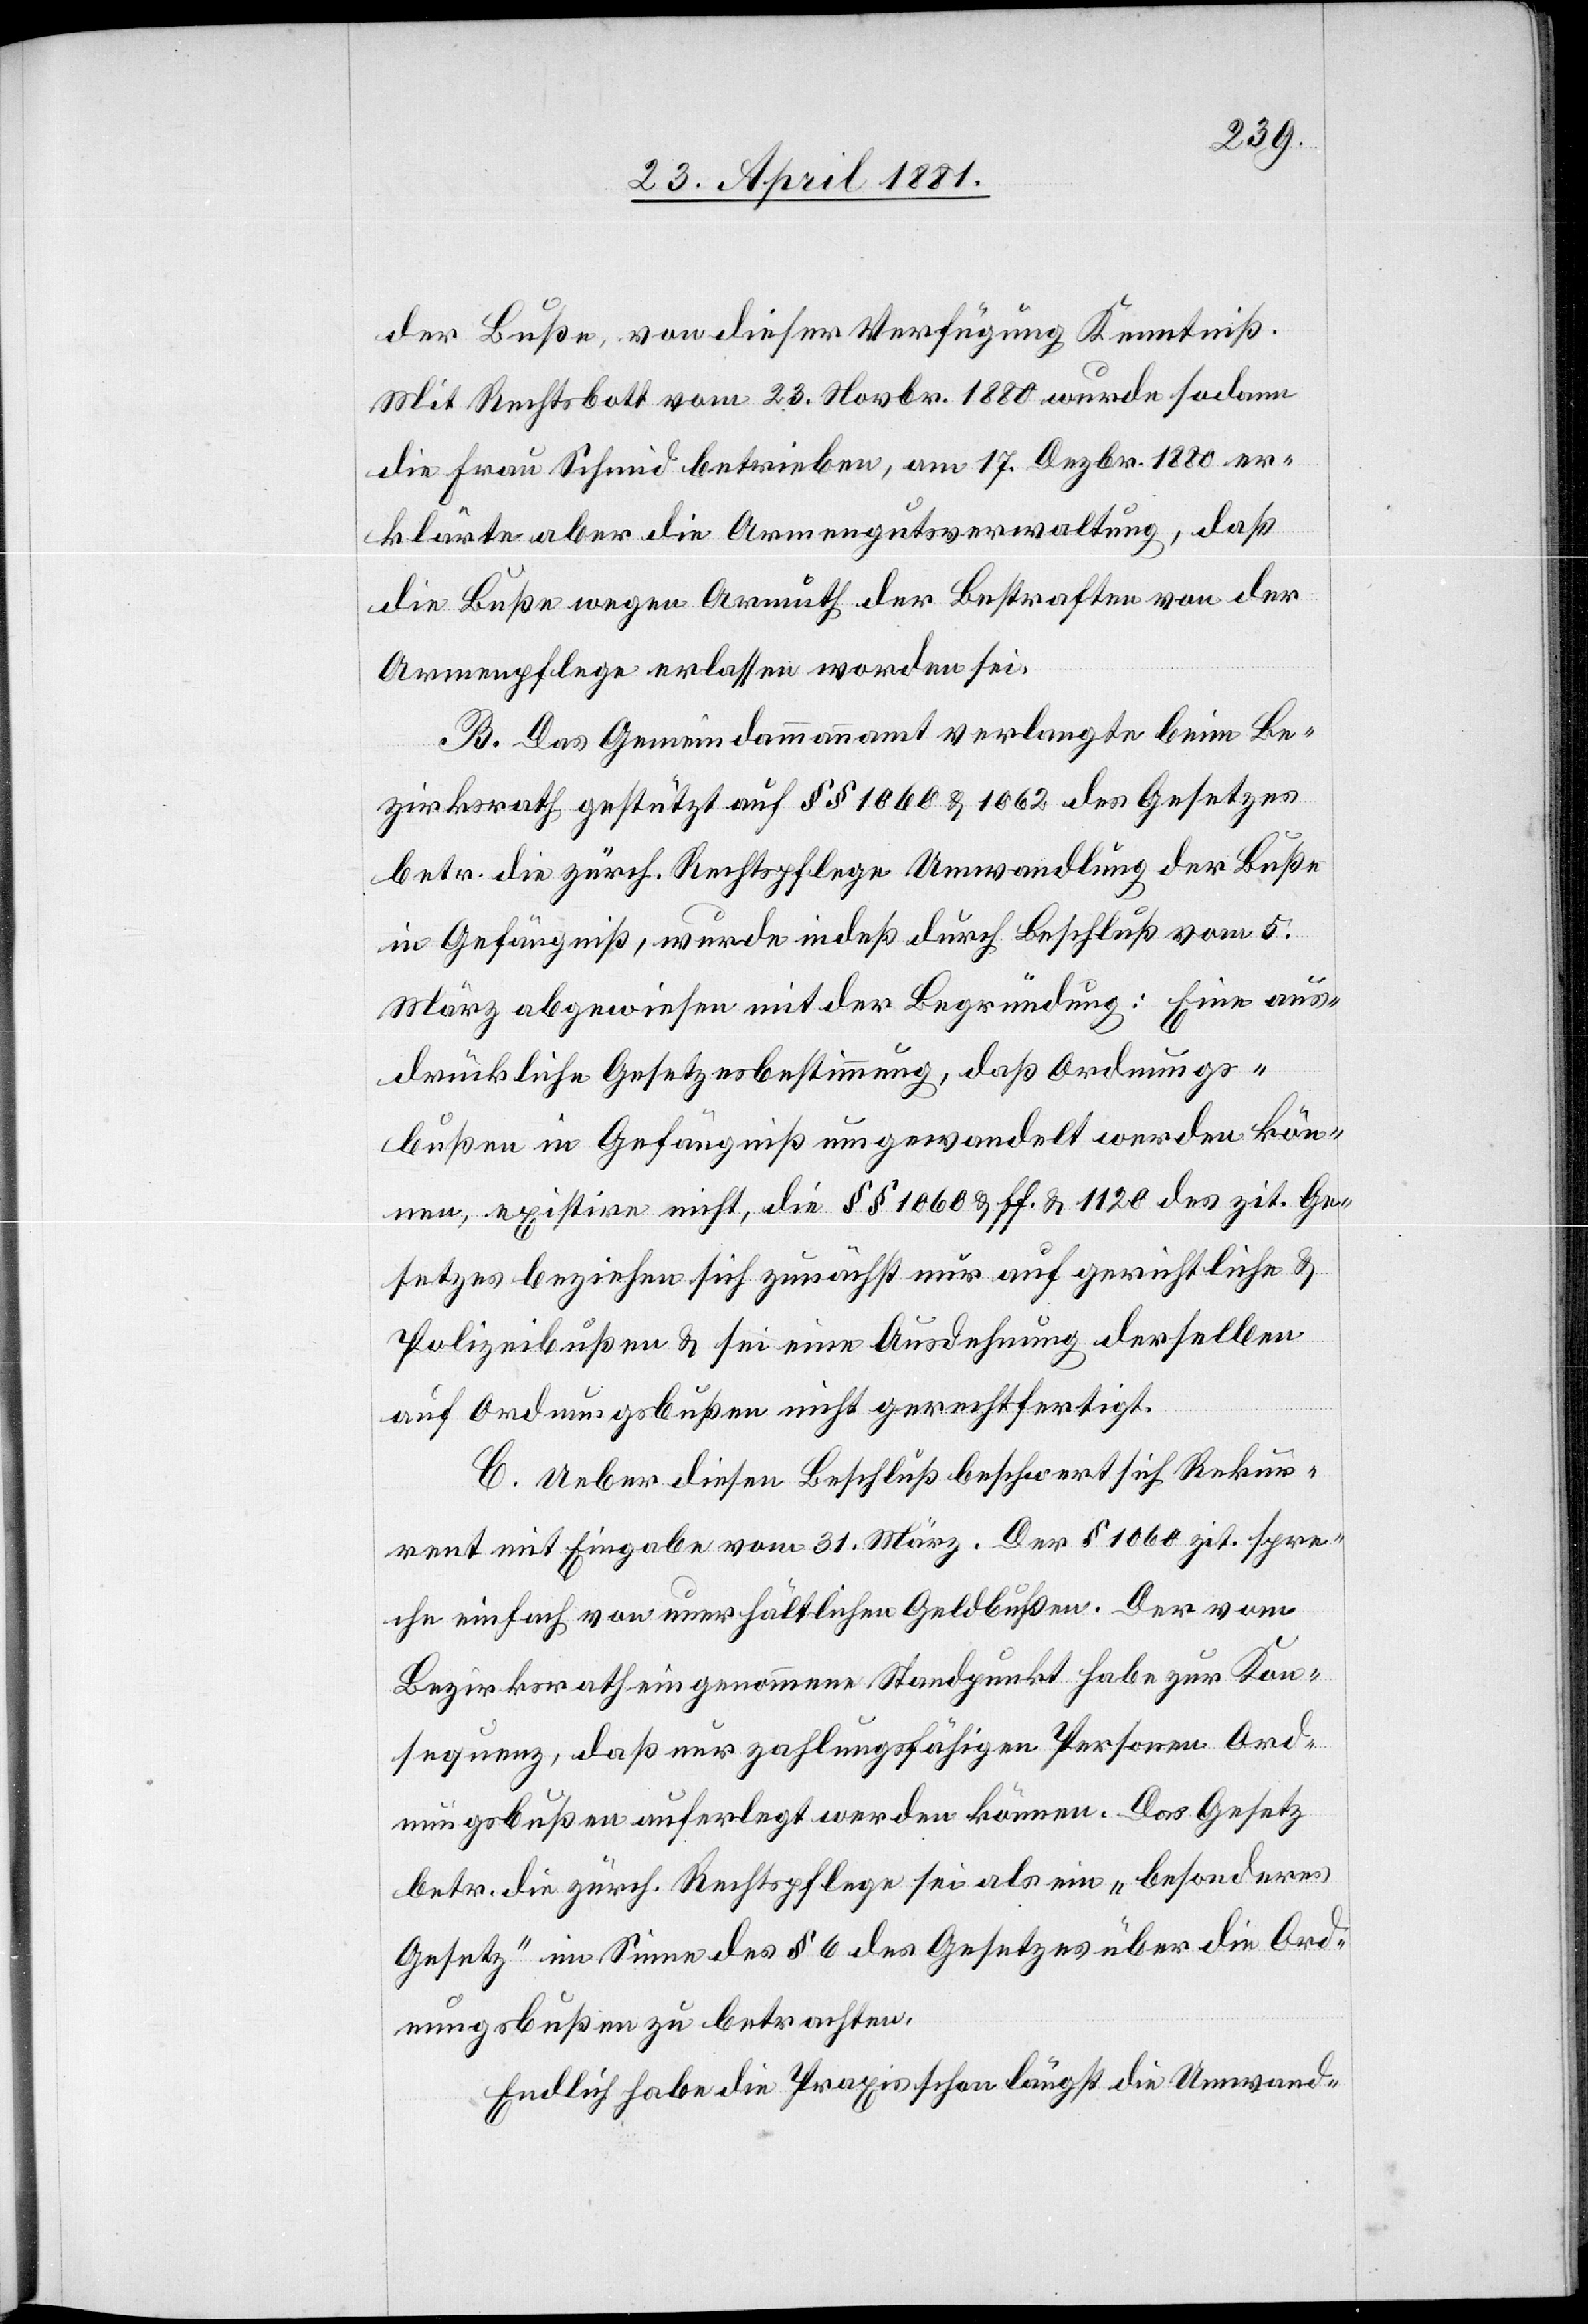
der Buße, von dieser Verfügung Kenntniß.
Mit Rechtsbott vom 23. Novbr. 1880 wurde sodann
die Frau Schmid betrieben, am 17. Dezbr. 1880 er¬
klärte aber die Armengutsverwaltung, daß
die Buße wegen Armuth der Bestraften von der
Armenpflege erlassen worden sei.
B. Das Gemeindammannamt verlangte beim Be¬
zirksrath gestützt auf §§ 1060 & 1062 des Gesetzes
betr. die zürch. Rechtspflege Umwandlung der Buße
in Gefängniß, wurde indeß durch Beschluß vom 5.
März abgewiesen mit der Begründung: Eine aus¬
drückliche Gesetzesbestimmung, daß Ordnungs¬
bußen in Gefängniß umgewandelt werden kön¬
nen, existire nicht, die §§ 1060 & ff. & 1120 des zit. Ge¬
setzes beziehen sich zunächst nur auf gerichtliche &
Polizeibußen & sei eine Ausdehnung derselben
auf Ordnungsbußen nicht gerechtfertigt.
C. Ueber diesen Beschluß beschwert sich Rekur¬
rent mit Eingabe vom 31. März. Der § 1060 zit. spre¬
che einfach von unerhältlichen Geldbußen. Der vom
Bezirksrath eingenommene Standpunkt habe zur Kon¬
sequenz, daß nur zahlungsfähigen Personen Ord¬
nungsbußen auferlegt werden können. Das Gesetz
betr. die zürch. Rechtspflege sei als ein „besonderes
Gesetz“ im Sinne des § 6 des Gesetzes über die Ord¬
nungsbußen zu betrachten.
Endlich habe die Praxis schon längst die Umwand-